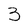
Character: 3